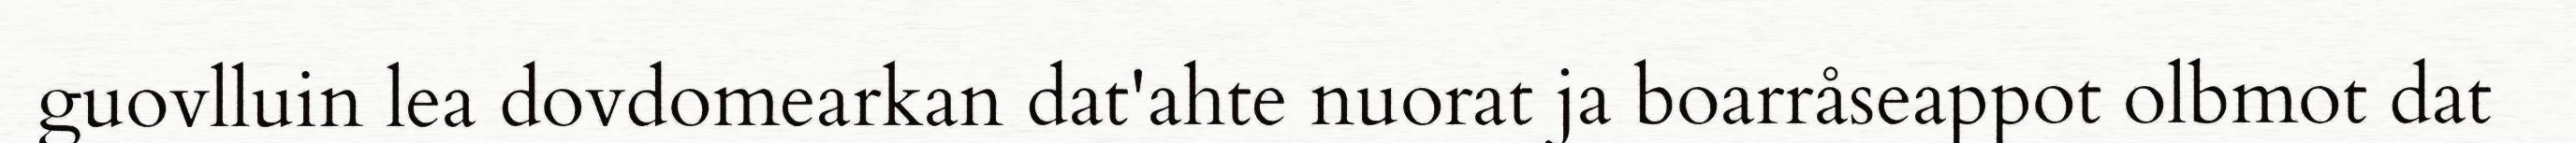
guovlluin lea dovdomearkan dat'ahte nuorat ja boarråseappot olbmot dat